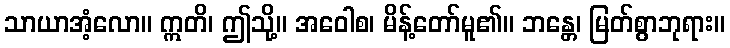
သာယာအံ့လော။ ဣတိ၊ ဤသို့။ အဝေါစ၊ မိန့်တော်မူ၏။ ဘန္တေ၊ မြတ်စွာဘုရား။